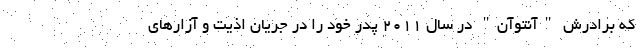
که برادرش "آنتوآن" در سال ۲۰۱۱ پدر خود را در جریان اذیت و آزارهای